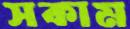
সকাম